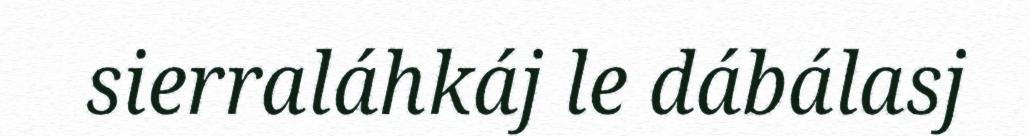
sierraláhkáj le dábálasj